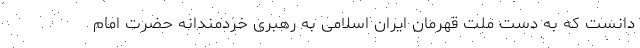
دانست که به دست ملت قهرمان ایران اسلامی به رهبری خردمندانه حضرت امام